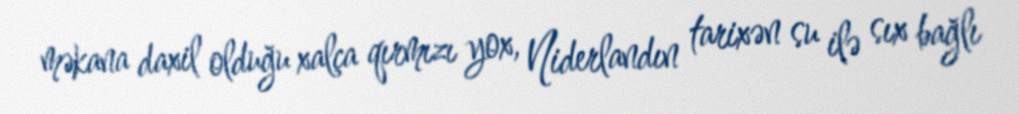
məkana daxil olduğu xalça qırmızı yox, Niderlandın tarixən su ilə sıx bağlı